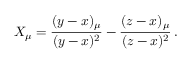
X _ { \mu } = \frac { ( y - x ) _ { \mu } } { ( y - x ) ^ { 2 } } - \frac { ( z - x ) _ { \mu } } { ( z - x ) ^ { 2 } } \, .